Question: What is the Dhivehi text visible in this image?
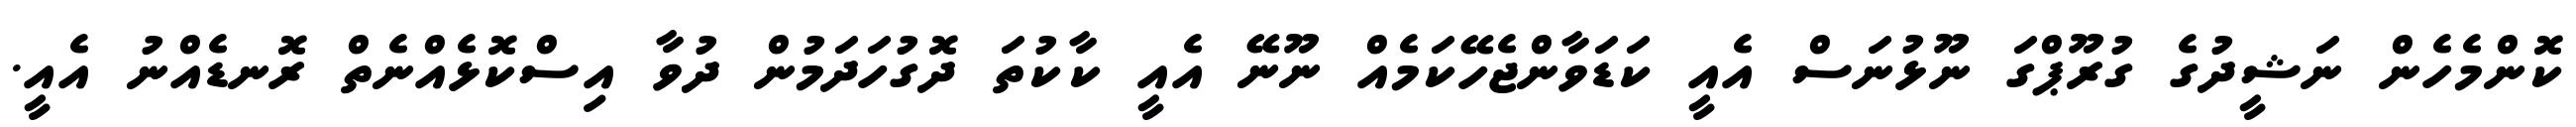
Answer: ކޮންމެހެން ނަޝީދުގެ ގުރޫޕްގަ ނޫޅުނަސް އެއީ ކަޑަވާންޖެހޭކަމެއް ނޫނޭ އެއީ ކާކުތަ ދޮގުހަދަމުން ދުވާ އިސްކޮޅެއްނެތް ރޮނޑެއްނު އެއީ.